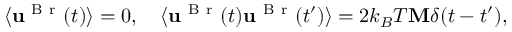
\begin{array} { r } { \langle \mathbf { u } ^ { \mathrm { ~ B ~ r ~ } } ( t ) \rangle = 0 , \quad \langle \mathbf { u } ^ { \mathrm { ~ B ~ r ~ } } ( t ) \mathbf { u } ^ { \mathrm { ~ B ~ r ~ } } ( t ^ { \prime } ) \rangle = 2 k _ { B } T \mathbf { M } \delta ( t - t ^ { \prime } ) , } \end{array}